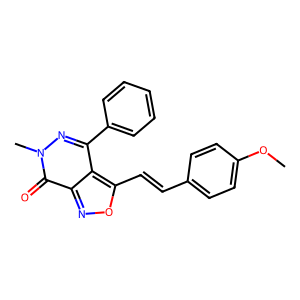
SMILES: COc1ccc(C=Cc2onc3c(=O)n(C)nc(-c4ccccc4)c23)cc1
Inhibits HIV replication: No